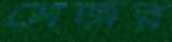
মেজর